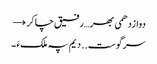
دوازدھمی بھر… رفیق چاکر →
سرگوست .. دیم پہ ملکءَ ۔